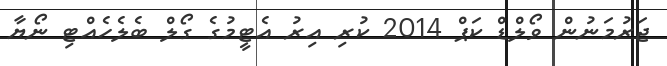
ޖަރުމަނުން ވޯލްޑް ކަޕް 2014 ކުރި އިރު އެޓީމުގެ ގޯލް ބެލެހެއްޓި ނޯޔާ